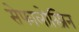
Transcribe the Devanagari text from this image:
सेफालोस्प्रिन